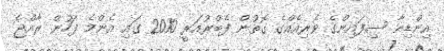
އިންޑިއާ ސިފައިންގެ ވެރިއެއްގެ ގޮތުން ފެބްރުއަރީ 2010 ގައި އެންމެ ފަހުން ރާއްޖެ